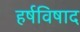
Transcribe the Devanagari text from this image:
हर्षविषाद